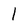
Character: l